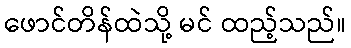
ဖောင်တိန်ထဲသို့ မင် ထည့်သည်။